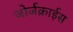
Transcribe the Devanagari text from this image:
जोर्जक्राईस